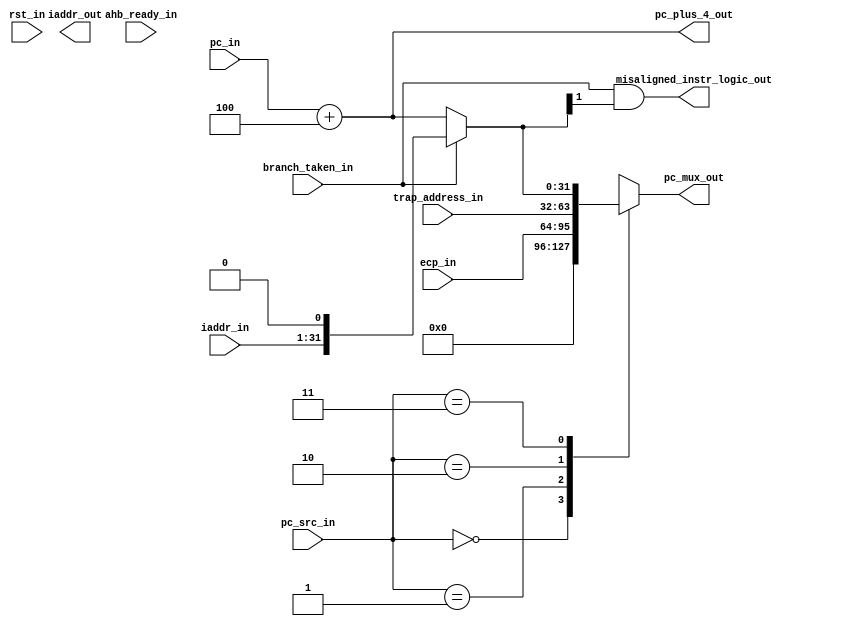
module PCMux(
input rst_in,
input [1:0] pc_src_in,
input [31:0] ecp_in,
input [31:0] trap_address_in,
input branch_taken_in,
input [31:1] iaddr_in,
input ahb_ready_in,
input [31:0] pc_in,
output [31:0] iaddr_out,
output [31:0] pc_plus_4_out,
output misaligned_instr_logic_out,
output reg [31:0] pc_mux_out);
reg [31:0] i_addr;
parameter Boot_address=32'd0;
wire [31:0] next_pc;
assign misaligned_instr_logic_out=branch_taken_in & next_pc[1];
assign pc_plus_4_out=pc_in+32'd0000004;
assign next_pc=branch_taken_in?{iaddr_in,1'b0}: pc_plus_4_out;
assign i_addr_out=i_addr;
always @(*)
begin
    case(pc_src_in)
        0:pc_mux_out=Boot_address;
        1:pc_mux_out=ecp_in;
        2:pc_mux_out=trap_address_in;
        3:pc_mux_out=next_pc;
        default:pc_mux_out=next_pc;
    endcase
end
always @(*)
    begin
        if(rst_in)
            i_addr= Boot_address;
        else if (ahb_ready_in)
            i_addr=pc_mux_out;
    end
endmodule